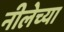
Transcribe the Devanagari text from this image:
नीलेच्या